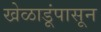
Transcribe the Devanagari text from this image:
खेळाडूंपासून